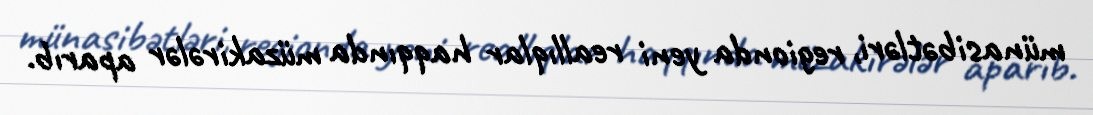
münasibətləri, regionda yeni reallıqlar haqqında müzakirələr aparıb.